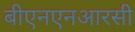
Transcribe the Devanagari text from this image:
बीएनएनआरसी